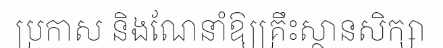
ប្រកាស និងណែនាំឱ្យគ្រឹះស្ថានសិក្សា